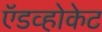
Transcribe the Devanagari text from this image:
ऍडव्होकेट